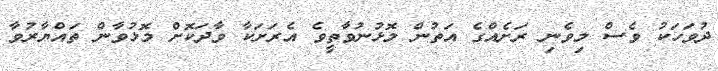
ދުވަހަކު ވެސް މިވެނި ރަށެއްގެ އަތުން މޮޅުނުވާތީވެ އެރަށަކާ ވާދަކޮށް މޮޅުވާން ތައްޔާރުވާ